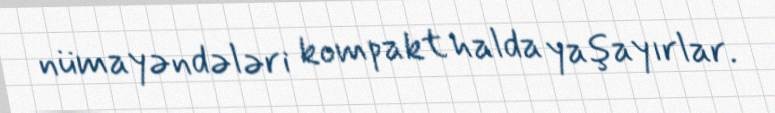
nümayəndələri kompakt halda yaşayırlar.